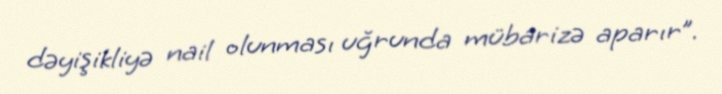
dəyişikliyə nail olunması uğrunda mübarizə aparır”.